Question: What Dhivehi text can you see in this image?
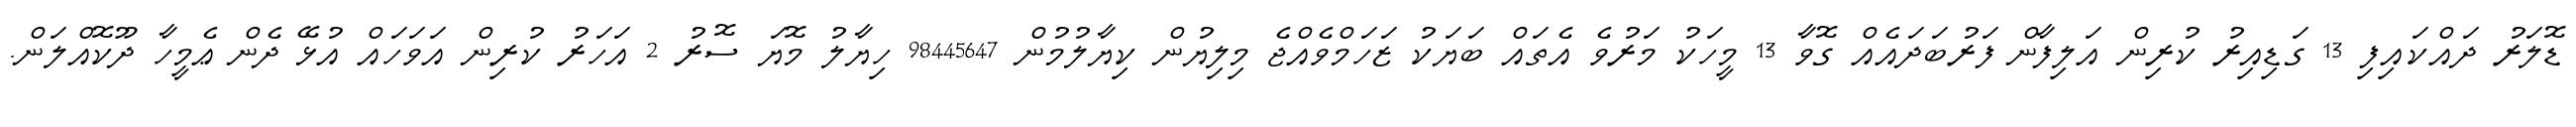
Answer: ޑޮލަރު ދައްކައިފި 13 ގަޑިއިރު ކުރިން އަލިފާން ފަރުބަދައެއް ގޮވާ 13 މީހަކު މަރުވެ އެތައް ބަޔަކު ޒަހަމްވެއްޖެ މިލިޔުން ކިޔާލުމުން 98445647 ހިޔާލު މޮޔަ ސޮރު 2 އަހަރު ކުރިން އަވަހައް އުޅޭ ދެން ޢެމީހާ ދޫކޮއްލަން.